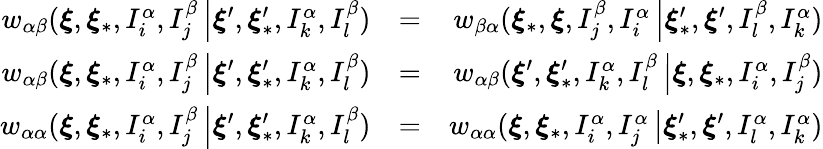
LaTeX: \begin{array}{rlr}{w_{\alpha\beta}(\boldsymbol{\xi},\boldsymbol{\xi}_{\ast},I_{i}^{\alpha},I_{j}^{\beta}\left\vert\boldsymbol{\xi}^{\prime},\boldsymbol{\xi}_{\ast}^{\prime},I_{k}^{\alpha},I_{l}^{\beta}\right.)}&{=}&{w_{\beta\alpha}(\boldsymbol{\xi}_{\ast},\boldsymbol{\xi},I_{j}^{\beta},I_{i}^{\alpha}\left\vert\boldsymbol{\xi}_{\ast}^{\prime},\boldsymbol{\xi}^{\prime},I_{l}^{\beta},I_{k}^{\alpha}\right.)}\\ {w_{\alpha\beta}(\boldsymbol{\xi},\boldsymbol{\xi}_{\ast},I_{i}^{\alpha},I_{j}^{\beta}\left\vert\boldsymbol{\xi}^{\prime},\boldsymbol{\xi}_{\ast}^{\prime},I_{k}^{\alpha},I_{l}^{\beta}\right.)}&{=}&{w_{\alpha\beta}(\boldsymbol{\xi}^{\prime},\boldsymbol{\xi}_{\ast}^{\prime},I_{k}^{\alpha},I_{l}^{\beta}\left\vert\boldsymbol{\xi},\boldsymbol{\xi}_{\ast},I_{i}^{\alpha},I_{j}^{\beta}\right.)}\\ {w_{\alpha\alpha}(\boldsymbol{\xi},\boldsymbol{\xi}_{\ast},I_{i}^{\alpha},I_{j}^{\beta}\left\vert\boldsymbol{\xi}^{\prime},\boldsymbol{\xi}_{\ast}^{\prime},I_{k}^{\alpha},I_{l}^{\beta}\right.)}&{=}&{w_{\alpha\alpha}(\boldsymbol{\xi},\boldsymbol{\xi}_{\ast},I_{i}^{\alpha},I_{j}^{\alpha}\left\vert\boldsymbol{\xi}_{\ast}^{\prime},\boldsymbol{\xi}^{\prime},I_{l}^{\alpha},I_{k}^{\alpha}\right.)}\end{array}